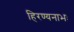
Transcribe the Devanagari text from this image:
हिरण्यनाभः